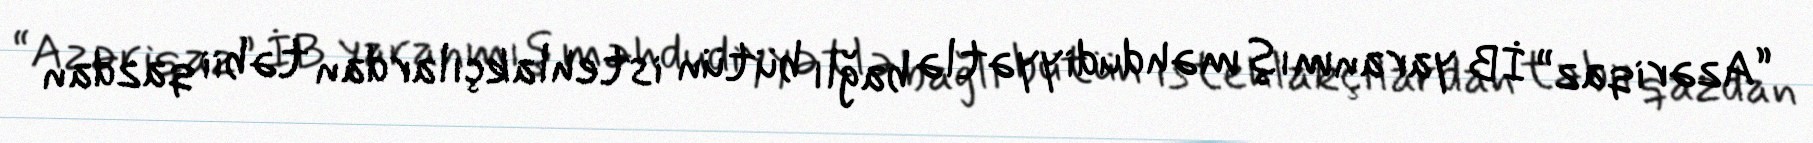
“Azəriqaz” İB yaranmış məhdudiyyətlə bağlı bütün istehlakçılardan təbii qazdan